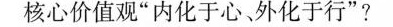
核心价值观”内化于心、外化于行”?